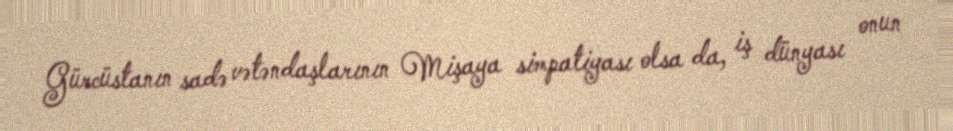
Gürcüstanın sadə vətəndaşlarının Mişaya simpatiyası olsa da, iş dünyası onun